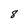
Character: 8